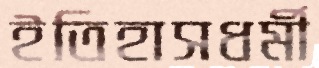
ইতিহাসধর্মী